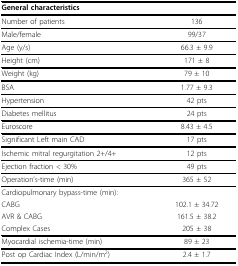
<table><thead><tr><td><b>General characteristics</b></td><td></td></tr></thead><tbody><tr><td>Number of patients</td><td>136</td></tr><tr><td>Male/female</td><td>99/37</td></tr><tr><td>Age (y/s)</td><td>66.3 ± 9.9</td></tr><tr><td>Height (cm)</td><td>171 ± 8</td></tr><tr><td>Weight (kg)</td><td>79 ± 10</td></tr><tr><td>BSA</td><td>1.77 ± 9.3</td></tr><tr><td>Hypertension</td><td>42 pts</td></tr><tr><td>Diabetes mellitus</td><td>24 pts</td></tr><tr><td>Euroscore</td><td>8.43 ± 4.5</td></tr><tr><td>Significant Left main CAD</td><td>17 pts</td></tr><tr><td>Ischemic mitral regurgitation 2+/4+</td><td>12 pts</td></tr><tr><td>Ejection fraction &lt; 30%</td><td>49 pts</td></tr><tr><td>Operation&#x27;s-time (min)</td><td>365 ± 52</td></tr><tr><td>Cardiopulmonary bypass-time (min):</td><td></td></tr><tr><td>CABG</td><td>102.1 ± 34.72</td></tr><tr><td>AVR &amp; CABG</td><td>161.5 ± 38.2</td></tr><tr><td>Complex Cases</td><td>205 ± 38</td></tr><tr><td>Myocardial ischemia-time (min)</td><td>89 ± 23</td></tr><tr><td>Post op Cardiac Index (L/min/m<sup>2</sup>)</td><td>2.4 ± 1.7</td></tr></tbody></table>